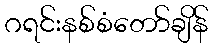
ဂရင်းနစ်စံတော်ချိန်